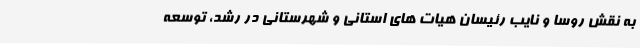
به نقش روسا و نایب رئیسان هیات های استانی و شهرستانی در رشد، توسعه